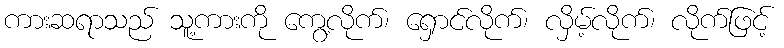
ကားဆရာသည် သူ့ကားကို ကွေ့လိုက်၊ ရှောင်လိုက်၊ လှိမ့်လိုက်၊ လိုက်ဖြင့်